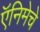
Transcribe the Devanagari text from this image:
ऍनिमेचे